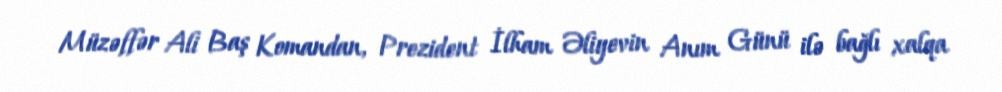
Müzəffər Ali Baş Komandan, Prezident İlham Əliyevin Anım Günü ilə bağlı xalqa